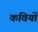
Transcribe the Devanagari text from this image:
कविर्यो